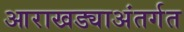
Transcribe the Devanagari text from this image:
आराखड्याअंतर्गत